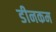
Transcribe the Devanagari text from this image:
डीनकम